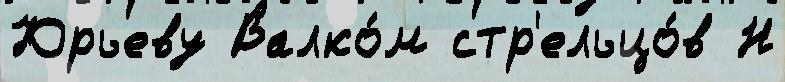
Юрьеву Валко́м стр'ельцо́в Н